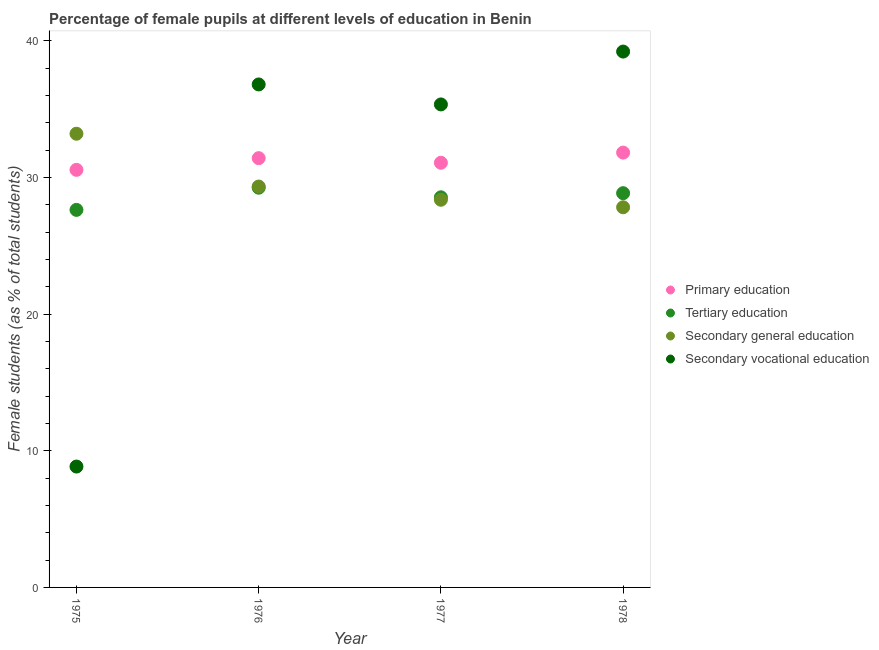
| Year | Primary education | Tertiary education | Secondary general education | Secondary vocational education |
 | --- | --- | --- | --- | --- |
 | 1975 | 30.6 | 27.6 | 33.2 | 8.84 |
 | 1976 | 31.4 | 29.2 | 29.3 | 36.8 |
 | 1977 | 31.1 | 28.5 | 28.4 | 35.3 |
 | 1978 | 31.8 | 28.8 | 27.8 | 39.2 |